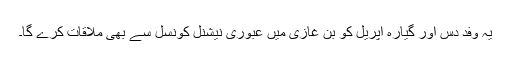
یہ وفد دس اور گیارہ اپریل کو بن غازی میں عبوری نیشنل کونسل سے بھی ملاقات کرے گا۔